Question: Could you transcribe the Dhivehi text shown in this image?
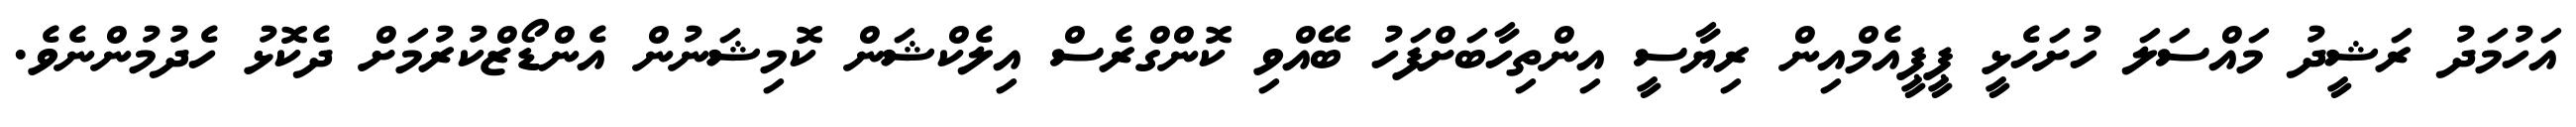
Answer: އަހުމަދު ރަޝީދު މައްސަލަ ހުށަހެޅީ ޕީޕީއެމްއިން ރިޔާސީ އިންތިހާބަށްފަހު ބޭއްވި ކޮންގްރެސް އިލެކްޝަން ކޮމިޝަނުން އެންޑޯޒްކުރުމަށް ދެކޮޅު ހެދުމުންނެވެ.